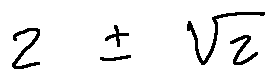
2 \pm \sqrt { 2 }